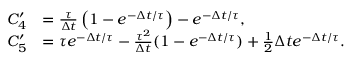
\begin{array} { r l } { C _ { 4 } ^ { \prime } } & { = \frac { \tau } { \Delta t } \left( 1 - e ^ { - \Delta t / \tau } \right) - e ^ { - \Delta t / \tau } , } \\ { C _ { 5 } ^ { \prime } } & { = \tau e ^ { - \Delta t / \tau } - \frac { \tau ^ { 2 } } { \Delta t } ( 1 - e ^ { - \Delta t / \tau } ) + \frac 1 2 \Delta t e ^ { - \Delta t / \tau } . } \end{array}